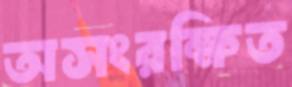
অসংরক্ষিত